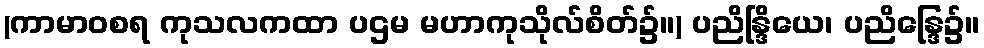
(ကာမာဝစရ ကုသလကထာ ပဌမ မဟာကုသိုလ်စိတ်၌။) ပညိန္ဒြိယေ၊ ပညိန္ဒြေ၌။